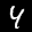
Label: 4